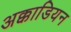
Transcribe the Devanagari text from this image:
अक्काडियन